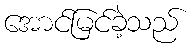
အောင်မြင်ခဲ့သည်